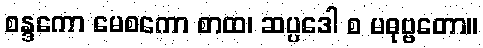
စန္ဒကော မေစကော စာထ၊ ဆပ္ပဒေါ စ မဓုဗ္ဗတော။